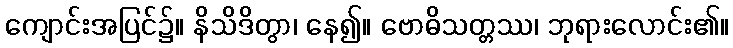
ကျောင်းအပြင်၌။ နိသိဒိတွာ၊ နေ၍။ ဗောဓိသတ္တဿ၊ ဘုရားလောင်း၏။